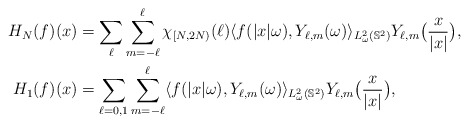
\begin{align*}H_N(f)(x) & = \sum_{\ell}\sum_{m = -\ell}^{\ell}\chi_{[N, 2N)}(\ell)\langle f(|x|\omega), Y_{\ell, m}(\omega)\rangle_{L^2_\omega(\mathbb S^2)}Y_{\ell ,m}\big(\frac{x}{|x|}\big), \\H_1(f)(x) & = \sum_{\ell = 0, 1}\sum_{m=-\ell}^{\ell}\langle f(|x|\omega), Y_{\ell, m}(\omega)\rangle_{L^2_\omega(\mathbb S^2)}Y_{\ell, m}\big(\frac{x}{|x|}\big),\end{align*}